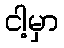
ငါ့မှာ